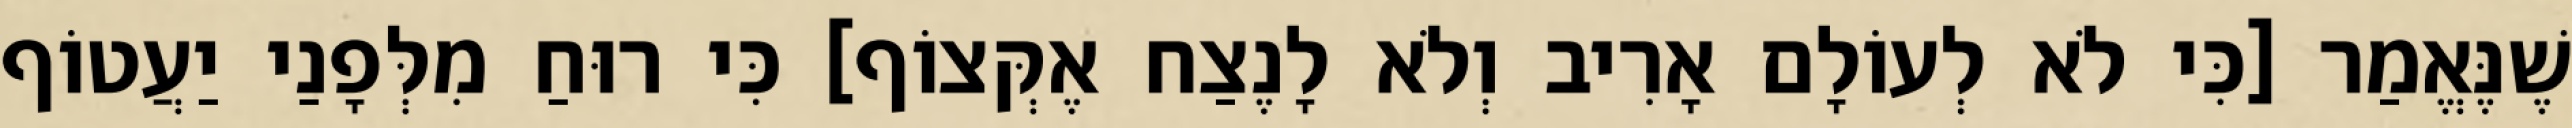
שֶׁנֶּאֱמַר [כִּי לֹא לְעוֹלָם אָרִיב וְלֹא לָנֶצַח אֶקְּצוֹף] כִּי רוּחַ מִלְּפָנַי יַעֲטוֹף